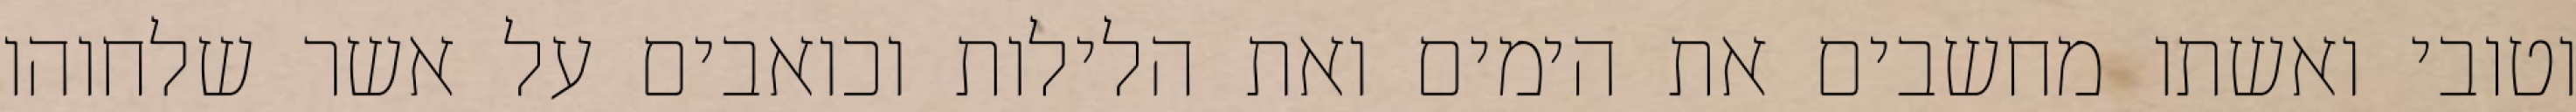
וטובי ואשתו מחשבים את הימים ואת הלילות וכואבים על אשר שלחוהו